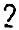
2